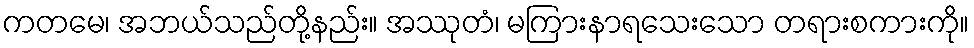
ကတမေ၊ အဘယ်သည်တို့နည်း။ အဿုတံ၊ မကြားနာရသေးသော တရားစကားကို။